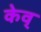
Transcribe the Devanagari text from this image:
केव्‌